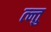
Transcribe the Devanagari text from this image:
त्न्तु